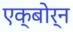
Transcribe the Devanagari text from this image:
एक्बोर्न